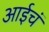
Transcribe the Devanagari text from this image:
आईचं